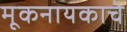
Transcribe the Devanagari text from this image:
मूकनायकाचे